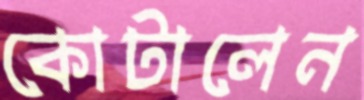
কোটালেন